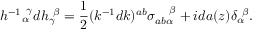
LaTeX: h ^ { - 1 } { } _ { \alpha } ^ { ~ \gamma } d h _ { \gamma } ^ { ~ \beta } = { \frac { 1 } { 2 } } ( k ^ { - 1 } d k ) ^ { a b } \sigma _ { a b \alpha } ^ { ~ ~ ~ \beta } + i d a ( z ) \delta _ { \alpha } ^ { ~ \beta } .